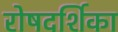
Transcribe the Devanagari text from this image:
रोषदर्शिका